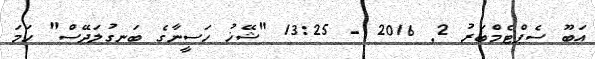
އަބޫ ސެޕްޓެމްބަރު 2